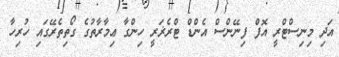
އަދި މިނިސްޓްރީ އޮފް ފިނޭންސް އެންޑް ޓްރެޜަރީ ހިންގާ ޢިމާރާތުގެ ގޯތިތެރޭގައި ހުރިހާ